Report on vaccination in the Province of Bengal - 1874-1889
Year: 1874
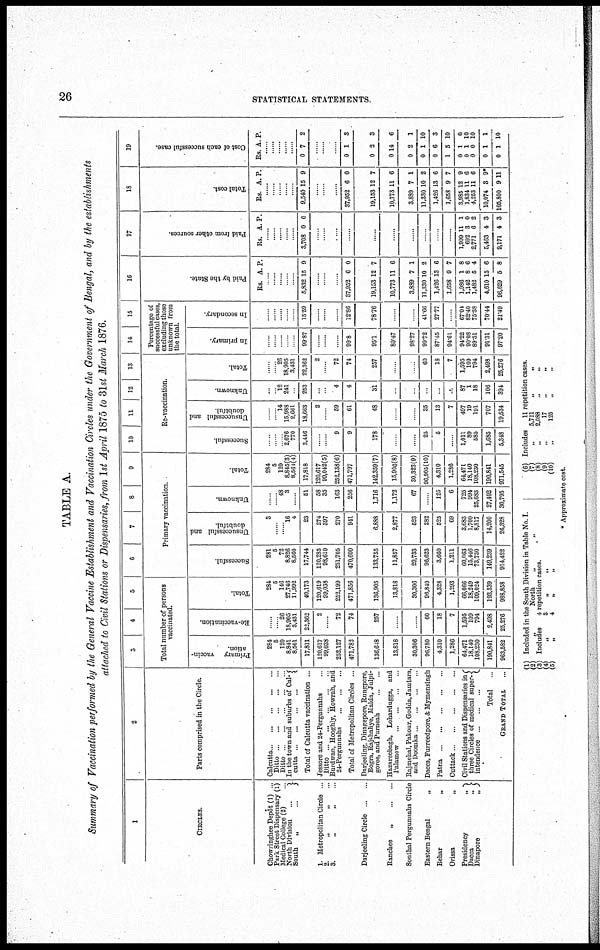
26
STATISTICAL STATEMENTS.
TABLE A.
Summary of Vaccination performed by the General Vaccine Establishment and Vaccination Circles under the Government of Bengal, and by the establishments
attached to Civil Stations or Dispensaries, from 1st April 1875 to 31st March 1876.
1
CIRCLES.
Chowringhee Depôt (1) ...
Park Street Dispensary (1)
Medical College (2) ...
North Division
..
South
„ ...
1. Metropolitan Circle ...
2. „ „ „ ...
3. „ „ „ ...
Darjeeling Circle ... ...
Ranchee „ ... ... ...
Sonthal Pergunnahs Circle
Eastern Bengal
„
Behar
„
Orissa„
Presidency„
Dacca „
...
...
Dinapore
„
2
Parts comprised in the Circle.
Calcutta.. ... ... ... ... ...
Ditto... ... ... ... ... ...
Ditto.. ... . ...
In the town and suburbs of Cal-
cutta ... ... .
...
Total of Calcutta vaccination ...
Jessore and 24-Pergunnahs
Ditto... ... ... ... ... ...
Burdwan, Hooghly, Howrah, and
24-Pergunnahs
...
...
...
Total of Metropolitan Circles ...
Darjeeling, Dinagepore, Rungpore,
Bogra, Rajshahye, Malda, Julpi-
goree, and
Purneah...
...
Hozareebagh, Lohardugga, and
Palamow ... ... ... ... ...
Rajmehal, Pakour, Godda, Jamtara,
and Doomka.. ... ... ...
Dacca, Furreedpore, & Mymensingh
Patna ... ... ... ... ... ...
Cuttack... ... ... ... ... ...
Civil Stations and Dispensaries in
three Circles of medical super-
intendence...
...
...
...
Total..
GRAND TOTAL...
3
4
5
Total number of persons
vaccinated.
Primary vaccin-
ation.
284
5
120
8,841
8,561
17,811
120,617
99,038
252,127
471,782
136,648
13,818
30,306
96,780
4,310
1,286
64,471
18,140
108,230
190,841
963,582
Re-vaccination.
......
......
26
18,905
3,431
22,362
2
......
72
74
257
......
......
60
18
7
1,595
109
794
2,498
25,276
Total.
284
5
146
27,746
11,992
40,173
120,619
99,038
252,199
471,856
136,905
13,818
30,306
96,840
4,328
1,293
66,066
18,249
109,024
193,339
988,858
6
7
8
9
Primary vaccination
Successful.
281
5
72
8,826
8,560
17,744
120,285
98,610
251,705
470,600
133,755
11,857
29,733
96,623
3,660
1,211
60,063
15,446
73,730
149,239
914,422
Unsuccessful and
doubtful.
3
......
......
16
4
23
274
397
270
941
6,888
2,877
523
282
525
69
3,683
1,700
8,817
14,200
26,328
Unknown.
......
.... 48
3
......
51
58
35
163
256
1,716
1,172
67
...
125
6
725
994
25,683
27,402
30,795
Total.
284
5
120
8,845(3)
8,564(4)
17,818
120,617
99,042(5)
252,138(6)
471,797
142,359(7)
15,906(8)
30,323(9)
96,905(10)
4,310
1,286
64,471
18,140
108,230
190,841
971,545
10
11
12
13
Re-vaccination.
Successful.
.....
......
. 2,676
770
3,446
...
...
9
9
178
... ..
......
25
5
......
1,011
89
585
1,685
5,348
Unsuccessful and
doubtful.
.... ......
14
15,988
2,661
18,663
2
....
59
61
48
......
......
35
13
7
497
19
191
707
19,534
Unknown.
...
...... 12
241
253
...
....
4
4
31
......
...
...
...
...
87
1
18
106
394
Total.
.....
.....
26
18,905
3,431
22,362
2
....
72
74
257
......
......
60
18
7
1,595
109
794
2,498
25,276
14
15
Percentage of
successful cases,
excluding those
unknown from
the total.
In primary.
.......
......
. ......
...
......
99.87
......
.....
......
99.8
95.1
80.47
98.27
99.72
87.45
94.61
94.22
90.08
89.31
91.31
97.20
In secondary.
......
... ...
.. ...
...
......
15.59
......
......
......
12.86
78.76
......
......
41.66
27.77
....
67.04
82.40
75.38
70.44
21.49
16
Paid by the State.
Rs. A. P.
..
......
...... ...
...
5,832 15 9
....
....
...
37,952
19,153
10,773
3,889
11,330
1,426
1,658
1,986
1,142
1,482
4,610
96,629
6
12
11
7
10
13
9
1
8
5
15
5
0
7
6
1
2
6
7
8
6
4
6
8
17
Paid from other sources.
Rs. A. P.
.......
.......
.....
...
...
3,708 0 0
....
....
...
...
...
......
......
......
...
......
1,999
692
2,771
5,463
9,171
11
3 6
4
4
1
0 2
3
3
18
Total cost.
Rs. A. P.
. .....
......
...
9,540 15 9
....
....
...
37,952
19,153
10,773
3,889
11,330
1,426
1,658
3,985
1,834
4,253
10,074
105,800
6
12
11
7
10
13
9
12
11
11
3
9
0
7
6
1
2
6
7
9
6
6
9*
11
19
Cost of each successful case.
Rs. A. P.
....
......
......
...
...
0 7 2
....
....
......
0
0
0
0
0
0
1
0
0
0
0
0
1
2
14
2
1
6
5
1
1
0
1
1
3
3
6
1
10
3
10
0
10
10
1
10
( 1 )
( 2 )
( 3 )
( 4 )
( 5 )
Included in the South Division in Table No. I.
„
North
„
„
Includes
4 repetition cases.
„ 3 „
„
4
„
„
(6) Includes
11 repetition cases.
(7) „ 5,711 „ „
(8)
„
2,088 „ „
(9) „ 17 „ „
(10)
„
125 „ „
* Approximate cost.